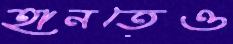
হানতেও